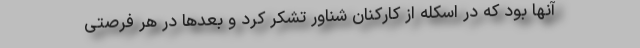
آنها بود که در اسکله از کارکنان شناور تشکر کرد و بعدها در هر فرصتی